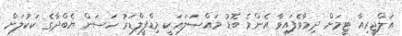
އަލްޖީރިއާ ޓީމަށް ދިމާވެފައިވާ އެންމެ ބޮޑު މައްސަލައަކީ މިޑްފީލްޑަރު ހަސަން ޔެބްދާގެ ކަކުލަށް